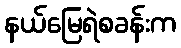
နယ်မြေရဲစခန်းက